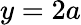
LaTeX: y=2a